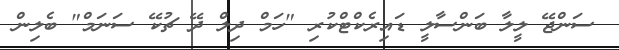
ސަންޖޭ ލީލާ ބަންސާލީ ޑައިރެކްޓްކުރި "ހަމް ދިލް ދޭ ޗުކޭ ސަނަމް" ބެލިން